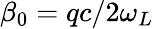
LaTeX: \beta_{0}=qc/2\omega_{L}